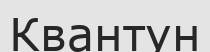
Квантун